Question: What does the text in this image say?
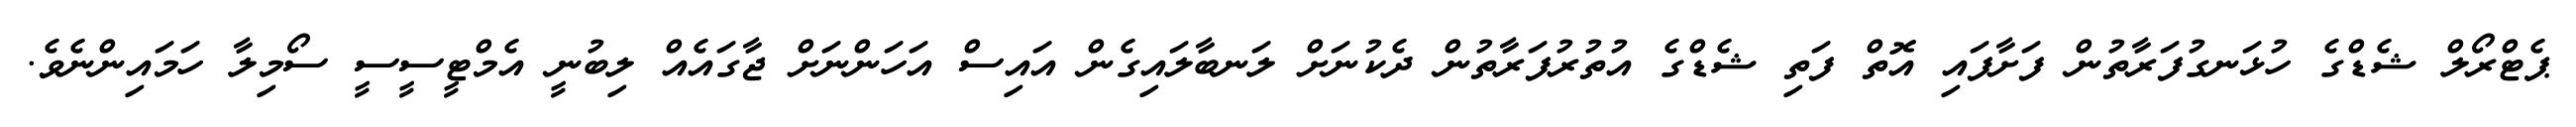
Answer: ޕެޓްރޯލް ޝެޑްގެ ހުޅަނގުފަރާތުން ފަށާފައި އޮތް ފަތި ޝެޑްގެ އުތުރުފަރާތުން ދެކުނަށް ލަނބާލައިގެން އައިސް އަހަންނަށް ޖާގައެއް ލިބުނީ އެމްޓީސީސީ ސޯމިލާ ހަމައިންނެވެ.